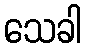
သေခါ